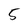
Character: 5